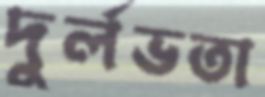
দুর্লভতা